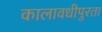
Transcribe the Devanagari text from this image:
कालावधीपुरता